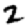
Digit: 2